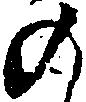
の